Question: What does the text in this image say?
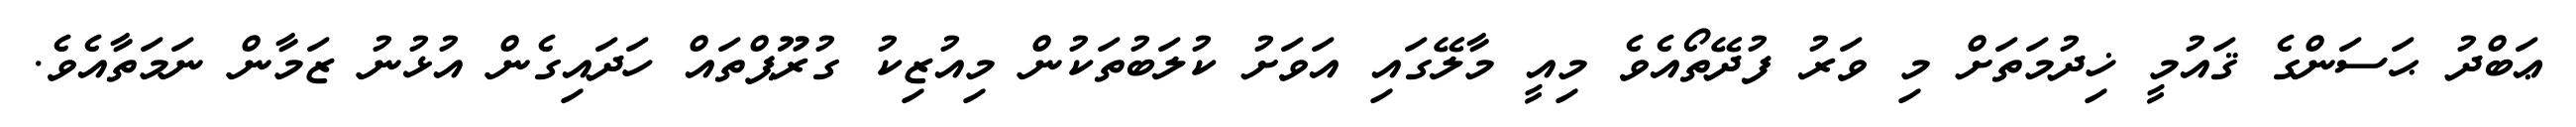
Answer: ޢަބްދު ޙަސަންގެ ޤައުމީ ޚިދުމަތަށް މި ވަރު ފުދޭތޯއެވެ މިއީ މާލޭގައި އަވަށު ކުލަބުތަކުން މިއުޒިކު ގުރޫޕްތައް ހަދައިގެން އުޅުނު ޒަމާން ނަމަތާއެވެ.